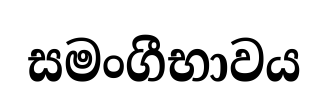
සමංගීභාවය